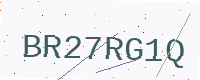
Text: BR27RG1Q